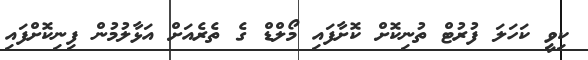
ކިވީ ކަހަލަ ފުރުޓް ތުނިކޮށް ކޮށާފައި މޯލްޑް ގެ ތެރެއަށް އަޅާލުމުން ފިނިކޮށްފައި